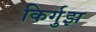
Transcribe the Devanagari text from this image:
किर्गुझ